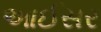
આઈસર